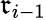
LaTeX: \mathfrak{r}_{i-1}